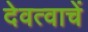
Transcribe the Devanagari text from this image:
देवत्वाचें